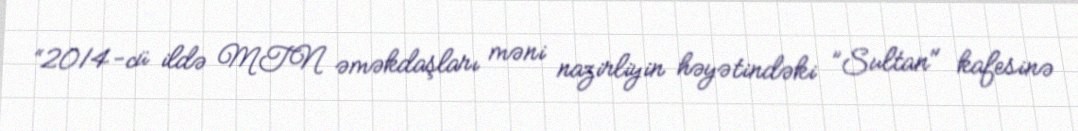
“2014-cü ildə MTN əməkdaşları məni nazirliyin həyətindəki ”Sultan" kafesinə